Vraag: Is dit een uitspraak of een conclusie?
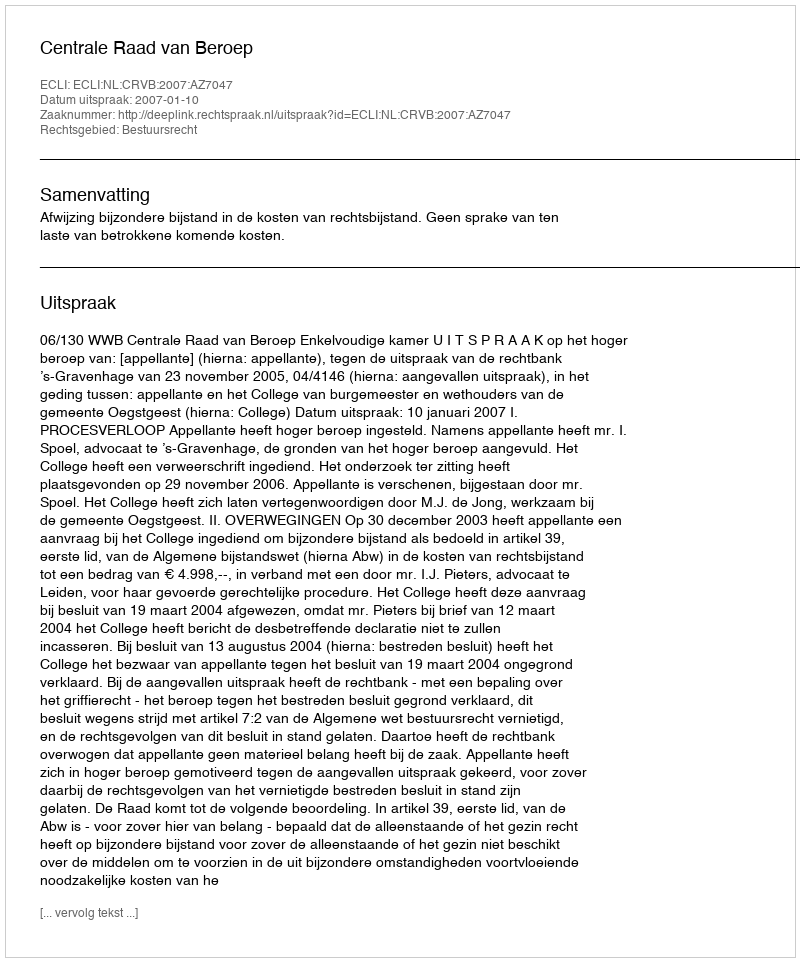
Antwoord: Uitspraak